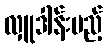
လှူဒါန်းမည့်